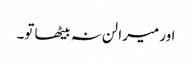
اور میرا لن نہ بیٹھا تو۔